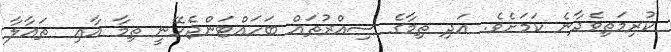
ކުރިމަތިވެދާނެ ކަމަށެވެ. އަދި ތިމާގެ ސިއްރުތައް ބަހައްޓަންޖެހޭނީ ތިމާ އާއި  ތަޢާލާ